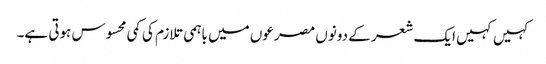
کہیں کہیں ایک شعر کے دونوں مصرعوں میں باہمی تلازم کی کمی محسوس ہوتی ہے۔